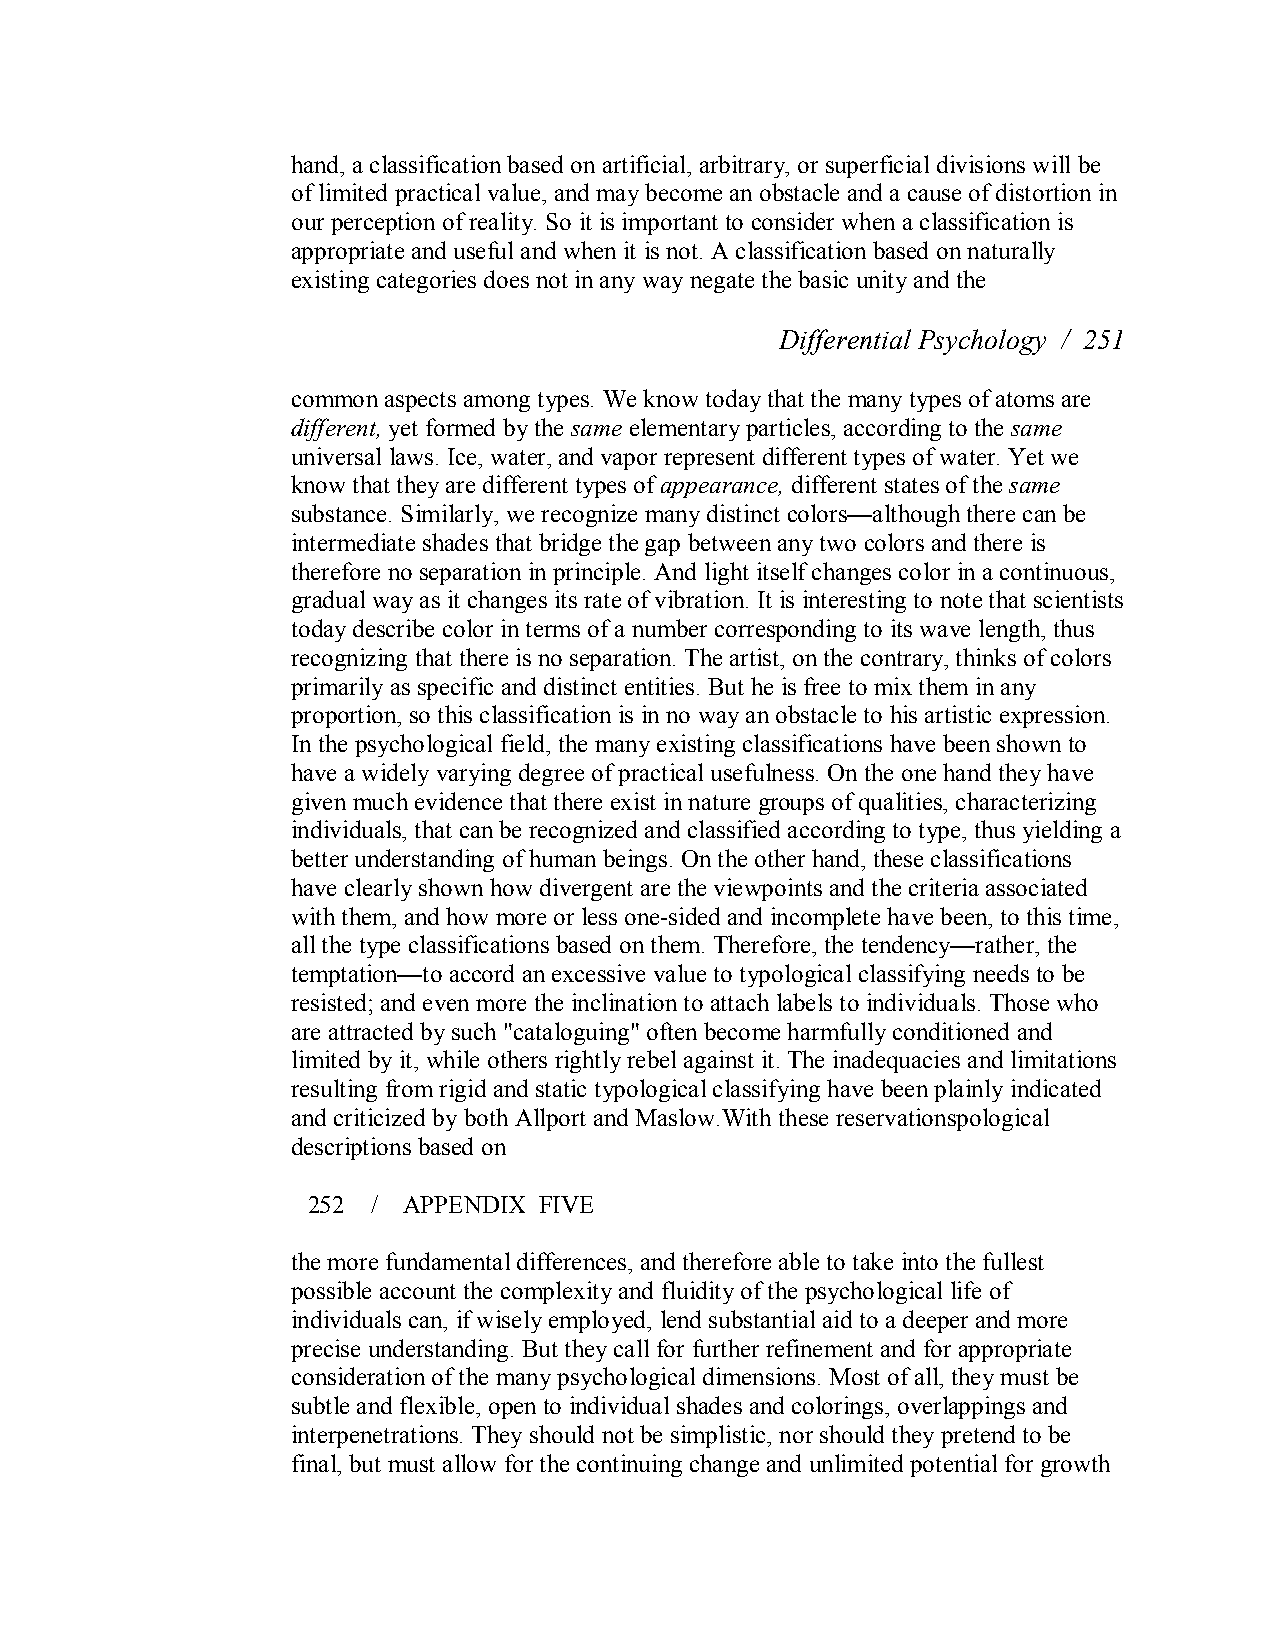
hand, a classification based on artificial, arbitrary, or superficial divisions will be
 of limited practical value, and may become an obstacle and a cause of distortion in
 our perception of reality. So it is important to consider when a classification is
 appropriate and useful and when it is not. A classification based on naturally
 existing categories does not in any way negate the basic unity and the
 Differential Psychology / 251
 commonaspects among types. We know today that the many types of atoms are
 different,yet formed by the same elementary particles, according to the same
 universal laws. Ice, water, and vapor represent different types of water. Yet we
 know that they are different types ofappearance, different states of the same
 substance. Similarly, we recognize many distinct colors—although there can be
 intermediate shades that bridge the gap between any two colors and there is
 therefore no separation in principle. And light itself changes color in a continuous,
 gradual way as it changes its rate of vibration. It is interesting to note that scientists
 today describe color in terms of a number corresponding to its wave length, thus
 recognizing that there is no separation. The artist, on the contrary, thinks of colors
 primarily as specific and distinct entities. But he is free to mix them in any
 proportion, so this classification is in no way an obstacle to his artistic expression.
 In the psychological field, the many existing classifications have been shown to
 have a widely varying degree of practical usefulness. On the one hand they have
 given much evidence that there exist in nature groups of qualities, characterizing
 individuals, that can be recognized and classified according to type, thus yielding a
 better understanding of human beings. On the other hand, these classifications
 have clearly shown how divergent are the viewpoints and the criteria associated
 with them, and how more or less one­sided and incomplete have been, to this time,
 all the type classifications based on them. Therefore, the tendency—rather, the
 temptation—to accord an excessive value to typological classifying needs to be
 resisted; and even more the inclination to attach labels to individuals. Those who
 are attracted by such "cataloguing" often become harmfully conditioned and
 limited by it, while others rightly rebel against it. The inadequacies and limitations
 resulting from rigid and static typological classifying have been plainly indicated
 and criticized by both Allport and Maslow.With these reservationspological
 descriptions based on
 252  / APPENDIX FIVE
 the more fundamental differences, and therefore able to take into the fullest
 possible account the complexity and fluidity of the psychological life of
 individuals can, if wisely employed, lend substantial aid to a deeper and more
 precise understanding. But they call for further refinement and for appropriate
 consideration of the many psychological dimensions. Most of all, they must be
 subtle and flexible, open to individual shades and colorings, overlappings and
 interpenetrations. They should not be simplistic, nor should they pretend to be
 final, but must allow for the continuing change and unlimited potential for growth